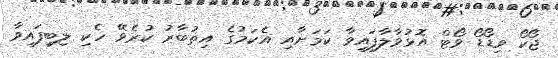
ޖޯކޯ ވިޑޯޑޯ ވޯޓް އޮޅުވާލާފައިވާ ކަމަށާއި އެކަމުގެ އިތުބާރު ކުރެވޭ ހެކި ލިބިފައިވާ